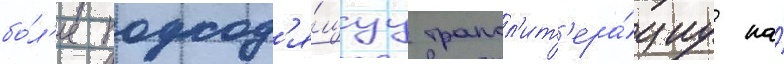
бо́л'ее подход'я́щуу трансл'ит'ера́циу на́